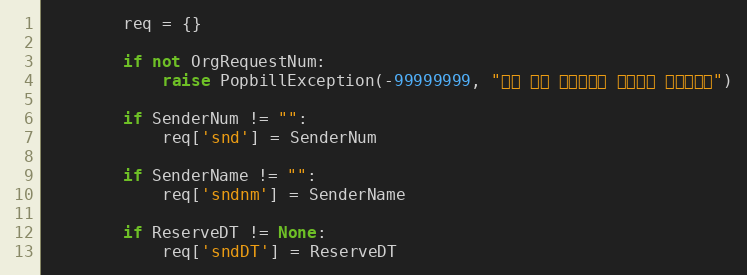
Language: Python
        req = {}

        if not OrgRequestNum:
            raise PopbillException(-99999999, "원본 팩스 요청번호가 입력되지 않았습니다")

        if SenderNum != "":
            req['snd'] = SenderNum

        if SenderName != "":
            req['sndnm'] = SenderName

        if ReserveDT != None:
            req['sndDT'] = ReserveDT